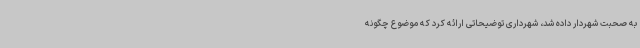
به صحبت شهردار داده شد، شهرداری توضیحاتی ارائه کرد که موضوع چگونه